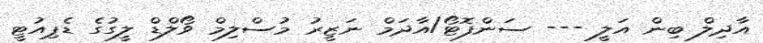
އާދިލް ބިން އަލީ --- ސަންފޮޓޯ/އާދަމް ނަޒީރު މުސްލިމް ވޯލްޑް ލީގުގެ ޑެޕިއުޓީ